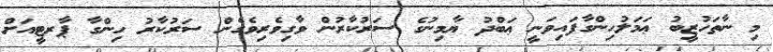
މި ނާތަހުޒީބު ޢަމަލުހިންގާފައިވަނީ ޢަބްދު ޔާމިނުގެ ސަރުކާރުން ވާގިވެރިވެގެން ސަރުކާރު ހިންގާ ޕާރޓީއަށް